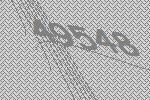
49548